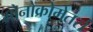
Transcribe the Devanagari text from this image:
मोनोक्रोमेतर्स